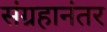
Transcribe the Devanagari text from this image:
संग्रहानंतर